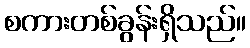
စကားတစ်ခွန်းရှိသည်။